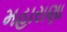
મહારાણા